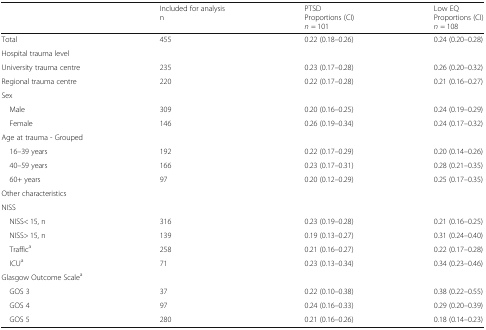
<table><thead><tr><td>[EMPTY_CELL]</td><td><b>Included for analysisn</b></td><td><b>PTSDProportions (CI)<i>n</i> = 101</b></td><td><b>Low EQProportions (CI)<i>n</i> = 108</b></td></tr></thead><tbody><tr><td>Total</td><td>455</td><td>0.22 (0.18–0.26)</td><td>0.24 (0.20–0.28)</td></tr><tr><td>Hospital trauma level</td><td>[EMPTY_CELL]</td><td>[EMPTY_CELL]</td><td>[EMPTY_CELL]</td></tr><tr><td>University trauma centre</td><td>235</td><td>0.23 (0.17–0.28)</td><td>0.26 (0.20–0.32)</td></tr><tr><td>Regional trauma centre</td><td>220</td><td>0.22 (0.17–0.28)</td><td>0.21 (0.16–0.27)</td></tr><tr><td colspan="4">Sex</td></tr><tr><td> Male</td><td>309</td><td>0.20 (0.16–0.25)</td><td>0.24 (0.19–0.29)</td></tr><tr><td> Female</td><td>146</td><td>0.26 (0.19–0.34)</td><td>0.24 (0.17–0.32)</td></tr><tr><td colspan="4">Age at trauma - Grouped</td></tr><tr><td> 16–39 years</td><td>192</td><td>0.22 (0.17–0.29)</td><td>0.20 (0.14–0.26)</td></tr><tr><td> 40–59 years</td><td>166</td><td>0.23 (0.17–0.31)</td><td>0.28 (0.21–0.35)</td></tr><tr><td> 60+ years</td><td>97</td><td>0.20 (0.12–0.29)</td><td>0.25 (0.17–0.35)</td></tr><tr><td colspan="4">Other characteristics</td></tr><tr><td colspan="4">NISS</td></tr><tr><td> NISS&lt; 15, n</td><td>316</td><td>0.23 (0.19–0.28)</td><td>0.21 (0.16–0.25)</td></tr><tr><td> NISS&gt; 15, n</td><td>139</td><td>0.19 (0.13–0.27)</td><td>0.31 (0.24–0.40)</td></tr><tr><td> Traffic<sup>a</sup></td><td>258</td><td>0.21 (0.16–0.27)</td><td>0.22 (0.17–0.28)</td></tr><tr><td> ICU<sup>a</sup></td><td>71</td><td>0.23 (0.13–0.34)</td><td>0.34 (0.23–0.46)</td></tr><tr><td colspan="4">Glasgow Outcome Scale<sup>a</sup></td></tr><tr><td> GOS 3</td><td>37</td><td>0.22 (0.10–0.38)</td><td>0.38 (0.22–0.55)</td></tr><tr><td> GOS 4</td><td>97</td><td>0.24 (0.16–0.33)</td><td>0.29 (0.20–0.39)</td></tr><tr><td> GOS 5</td><td>280</td><td>0.21 (0.16–0.26)</td><td>0.18 (0.14–0.23)</td></tr></tbody></table>